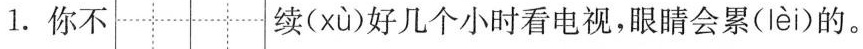
1.你不 续( xù )好几个小时看电视，眼睛会累( lèi )的。